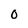
Character: 0